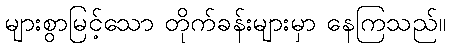
များစွာမြင့်သော တိုက်ခန်းများမှာ နေကြသည်။